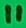
Text: 11